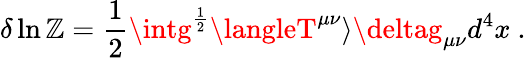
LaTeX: \delta\ln\mathbb{Z}={\frac{{1}}{{2}}}\intg^{\frac{{1}}{{2}}}\langleT^{\mu\nu}\rangle\deltag_{\mu\nu}d^{4}x\space.